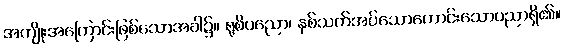
အကျိုးအကြောင်းဖြစ်သောအခါ၌။ ရုစိပညော၊ နှစ်သက်အပ်သောကောင်းသောပညာရှိ၏။